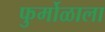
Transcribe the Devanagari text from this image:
फुर्मोळाला